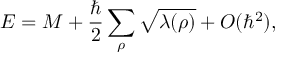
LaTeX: E = M + { \frac { \hbar } { 2 } } \sum _ { \rho } \sqrt { \lambda ( \rho ) } + O ( \hbar ^ { 2 } ) ,